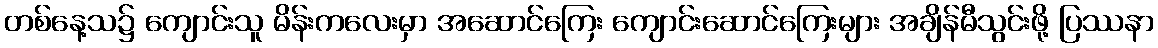
တစ်နေ့သ၌ ကျောင်းသူ မိန်းကလေးမှာ အဆောင်ကြေး ကျောင်းဆောင်ကြေးများ အချိန်မီသွင်းဖို့ ပြဿနာ